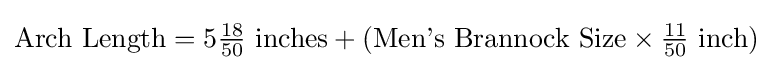
{\text{Arch Length}}=5{\tfrac {18}{50}}{\text{ inches}}+({\text{Men's Brannock Size}}\times {\tfrac {11}{50}}{\text{ inch}})